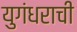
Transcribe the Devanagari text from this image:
युगंधराची